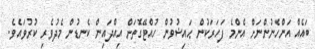
ބައެއް އަންހެނުންނަށް އެންމެ ފަހަރަކުން ޙައިޟުވުން ހުއްޓޭގޮތަށް އިއްދައިން ކެނޑުން މެދުވެރި ކުރުވައެވެ.